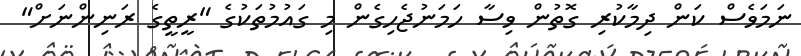
ނަމަވެސް ކަން ދިމާކުރި ގޮތުން ވިސާ ހަމަނުޖެހިގެން މި ގައުމުތަކުގެ "ރީތީގެ ރަނިންނަށް"